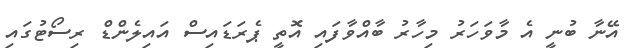
އޭނާ ބުނީ އެ މާވަހަރު މިހާރު ބާއްވާފައި އޮތީ ޕެރަޑައިސް އައިލެންޑް ރިސޯޓުގައި